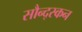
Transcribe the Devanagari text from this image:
सौन्द्स्कन